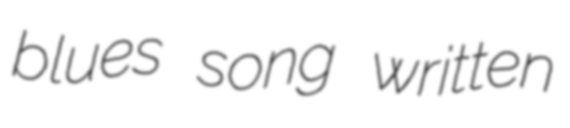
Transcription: blues song written